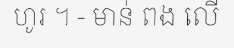
ហូរ ។ - មាន់ ពង លើ